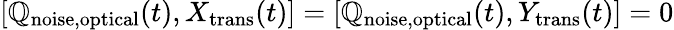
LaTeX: [\mathbb{Q}_{\mathrm{{noise,optical}}}(t),X_{\mathrm{{trans}}}(t)]=[\mathbb{Q}_{\mathrm{{noise,optical}}}(t),Y_{\mathrm{{trans}}}(t)]=0